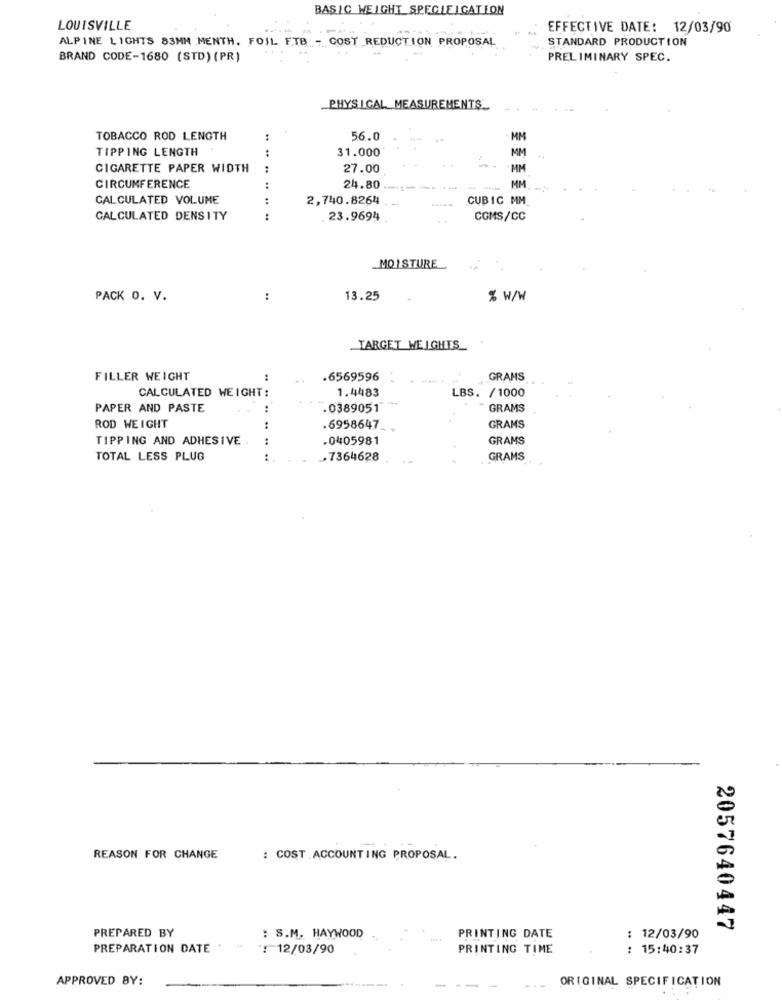
BASIC WEIGHT SPEGLEIGATION
LOUISVILLE
EFFECTIVE DATE: 12/03/90
ALPINE LIGHTS 83MM MENTH. FOIL FTB - COST REDUCTION PROPOSAL
STANDARD PRODUCTION
BRAND CODE-1680 (STD) (PR)
PRELIMINARY SPEC.
PHYSICAL MEASUREMENTS
TOBACCO ROD LENGTH
56.0
MM
TIPPING LENGTH
:
31.000
MM
CIGARETTE PAPER WIDTH
:
27.00
MM
MM
CIRCUMFERENCE
:
24.80
CALCULATED VOLUME
:
2,740.8264
CUBIC MM_
CALCULATED DENSITY
:
23.9694
COMS/CC
MOISTURE
PACK O. V.
:
13.25
% W/W
TARGET WEIGHTS_
FILLER WEIGHT
.6569596
GRANS
1.4483
LBS. /1000
CALCULATED WEIGHT:
PAPER AND PASTE
:
.0389051
GRAMS
ROD WEIGHT
:
.6958647_
GRAMS
TIPPING AND ADHESIVE .
:
.0405981
GRAMS
TOTAL LESS PLUG
:
.7364628
GRAMS
REASON FOR CHANGE
: COST ACCOUNTING PROPOSAL.
2057640447
PREPARED BY
: S.M. HAYWOOD
PRINTING DATE
: 12/03/90
PREPARATION DATE . "
: 12/03/90
PRINTING TIME
: 15:40:37
APPROVED BY:
ORIGINAL SPECIFICATION